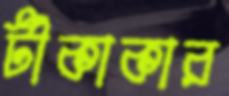
টীকাকার